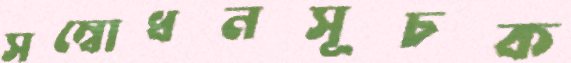
সম্বোধনসূচক